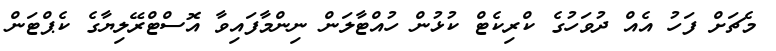
މެޗަށް ފަހު އެއް ދުވަހުގެ ކްރިކެޓް ކުޅުން ހުއްޓާލަން ނިންމާފައިވާ އޮސްޓްރޭލިޔާގެ ކެޕްޓަން